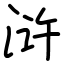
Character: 浒